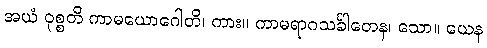
အယံ ဝုစ္စတိ ကာမယောဂေါတိ၊ ကား။ ကာမရာဂသင်္ခါတေန၊ သော။ ယေန